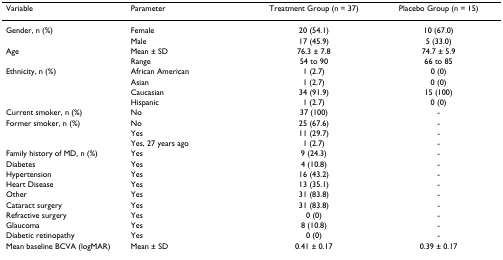
| Variable | Parameter | Treatment Group (n = 37) | Placebo Group (n = 15) |
 | --- | --- | --- | --- |
 | Gender, n (%) | Female | 20 (54.1) | 10 (67.0) |
 |  | Male | 17 (45.9) | 5 (33.0) |
 | Age | Mean ± SD | 76.3 ± 7.8 | 74.7 ± 5.9 |
 |  | Range | 54 to 90 | 66 to 85 |
 | Ethnicity, n (%) | African American | 1 (2.7) | 0 (0) |
 |  | Asian | 1 (2.7) | 0 (0) |
 |  | Caucasian | 34 (91.9) | 15 (100) |
 |  | Hispanic | 1 (2.7) | 0 (0) |
 | Current smoker, n (%) | No | 37 (100) | - |
 | Former smoker, n (%) | No | 25 (67.6) | - |
 |  | Yes | 11 (29.7) | - |
 |  | Yes, 27 years ago | 1 (2.7) | - |
 | Family history of MD, n (%) | Yes | 9 (24.3) | - |
 | Diabetes | Yes | 4 (10.8) | - |
 | Hypertension | Yes | 16 (43.2) | - |
 | Heart Disease | Yes | 13 (35.1) | - |
 | Other | Yes | 31 (83.8) | - |
 | Cataract surgery | Yes | 31 (83.8) | - |
 | Refractive surgery | Yes | 0 (0) | - |
 | Glaucoma | Yes | 8 (10.8) | - |
 | Diabetic retinopathy | Yes | 0 (0) | - |
 | Mean baseline BCVA (logMAR) | Mean ± SD | 0.41 ± 0.17 | 0.39 ± 0.17 |